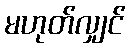
မဟုတ်လျှင်